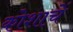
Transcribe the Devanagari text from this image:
कोशाचें